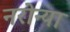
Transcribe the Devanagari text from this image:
नरोन्या